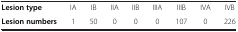
| <COLSPAN=9>  |
 | --- | --- | --- | --- | --- | --- | --- | --- | --- |
 | Lesion type | IA | IB | IIA | IIB | IIIA | IIIB | IVA | IVB |
 | Lesion numbers | 1 | 50 | 0 | 0 | 0 | 107 | 0 | 226 |